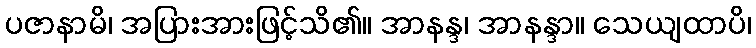
ပဇာနာမိ၊ အပြားအားဖြင့်သိ၏။ အာနန္ဒ၊ အာနန္ဒာ။ သေယျထာပိ၊